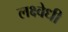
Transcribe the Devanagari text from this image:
लक्ष्वेधी